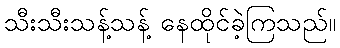
သီးသီးသန့်သန့် နေထိုင်ခဲ့ကြသည်။